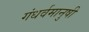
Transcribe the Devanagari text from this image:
गंधर्वमानुषी